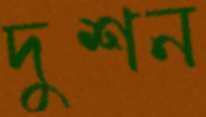
দুশন